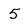
Character: 5